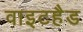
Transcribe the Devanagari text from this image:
वाइटहैड